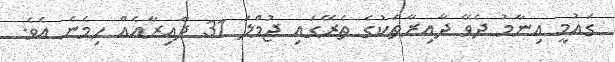
ގައުމީ އިނާމު ދެވޭ ދާއިރާތަކުގެ ތެރޭގައި ޖުމްލަ 31 ދާއިރާއެއް ހިމެނެ އެވެ.